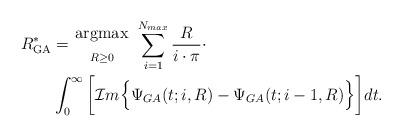
LaTeX: \begin{align*}R_{\textrm{GA}}^* &= { \mathrm{argmax}\atop{\scriptstyle{R \geq 0}} }~ \sum_{i=1}^{N_{max}} \frac{R}{i\cdot\pi} \cdot \\&\int_{0}^{\infty} \bigg[ \mathcal{I}m \Big\{ \Psi_{GA}(t;i, R) - \Psi_{GA}(t;i-1,R) \Big\} \bigg] dt.\end{align*}